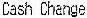
CASH CHANGE